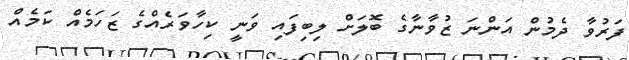
ފަރުވާ ދެމުން އަންނަ ޒުވާނާގެ ބޮލަށް ލިބިފައި ވަނީ ކިހާވަރެއްގެ ޒަހަމެއް ކަމެއް